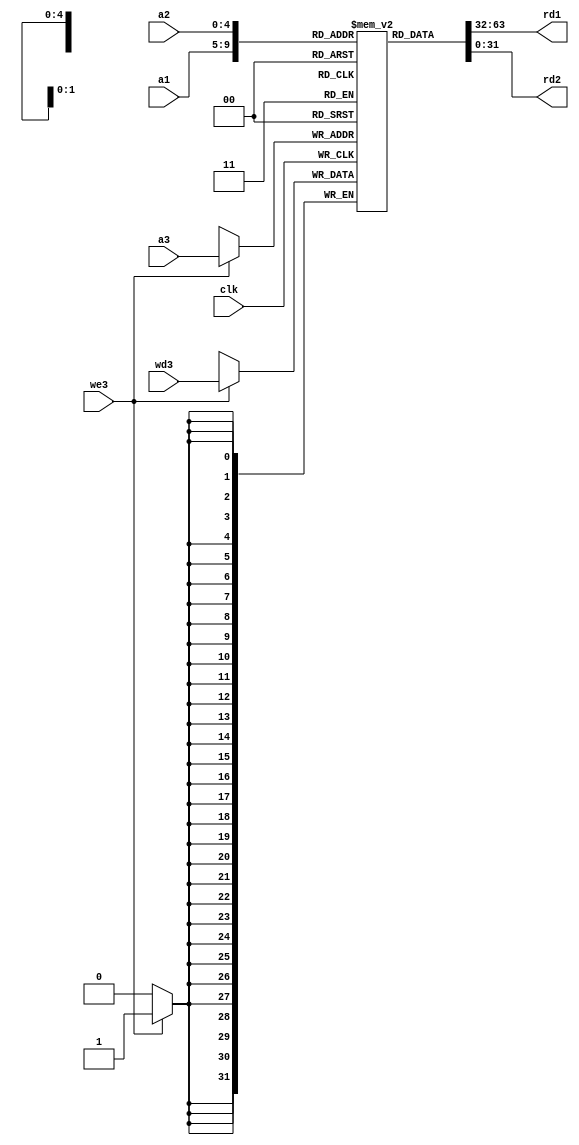
module register_file(clk, we3, a1, a2, a3, wd3, rd1, rd2);
  // we3 -      a3
  // clk -  
  input clk, we3;
  //  
  // a1, a2 -    
  // a3 -    
  input [4:0] a1, a2, a3;
  //        a3
  input [31:0] wd3;
  // ,    
  //     a1  a2
  output [31:0] rd1, rd2;

  //  , 32   32 
  reg [31:0] mem[0:31];

  //    
  integer i;
  initial begin
    for (i = 0; i < 32; i = i + 1) begin
      mem[i] = 0;
   	end
  end

  //  
  assign rd1 = mem[a1];
  assign rd2 = mem[a2];

  //     
  always @ (posedge clk) begin
    //  we3 = 1
    if (we3) mem[a3] = wd3;
  end
endmodule